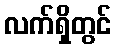
လက်ရှိတွင်